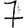
Digit: 7